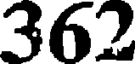
362